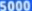
5000